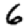
Digit: 6